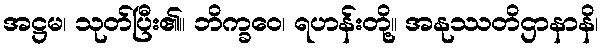
အဋ္ဌမ၊ သုတ်ပြီး၏။ ဘိက္ခဝေ၊ ရဟန်းတို့။ အနုဿတိဌာနာနိ၊